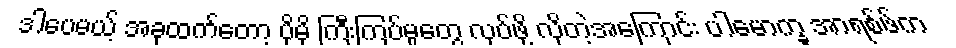
ဒါပေမယ့် အခုထက်တော့ ပိုမို ကြီးကြပ်မှုတွေ လုပ်ဖို့ လိုတဲ့အကြောင်း ပါမောက္ခ အာရစ်ဖ်က